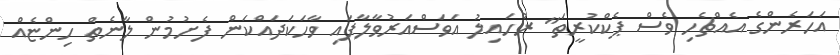
އަހަރެންގެ އެއްޗެހި ވެސް ޕެކްކުރީތަ" ރުހައިލު އަވަސްއަރުވާލާފައި ވާހަކަދައްކަން ފެށުމުން ލާނެތް ހިންޏެއް